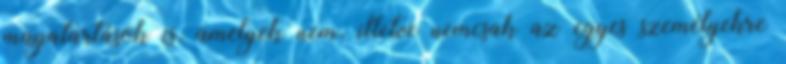
magatartások is, amelyek nem, illetve nemcsak az egyes személyekre